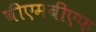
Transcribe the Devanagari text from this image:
बीएमबीएफ